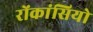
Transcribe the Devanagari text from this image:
रोंकांसियो